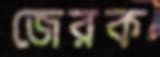
জেরক